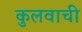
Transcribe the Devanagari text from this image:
कुलवाची